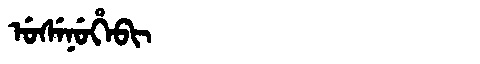
Manchu: ᡠᠰᡝᠨᡠᡥᡝᠪᡳ
Romanization: USENUHEBI